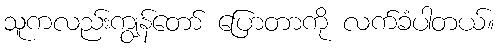
သူကလည်းကျွန်တော် ပြောတာကို လက်ခံပါတယ်။